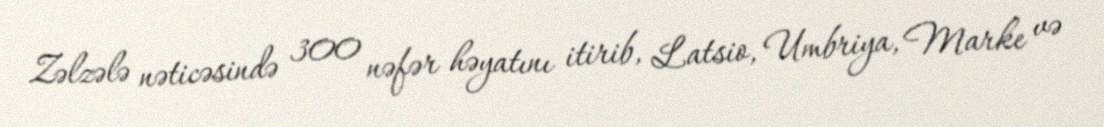
Zəlzələ nəticəsində 300 nəfər həyatını itirib, Latsio, Umbriya, Marke və